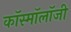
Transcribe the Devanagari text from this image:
कॉस्मॉलॉजी